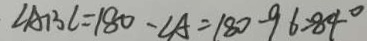
\angle A B C = 1 8 0 - \angle A = 1 8 0 - 9 6 = 8 4 ^ { \circ }